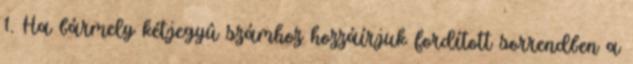
1. Ha bármely kétjegyû számhoz hozzáírjuk fordított sorrendben a